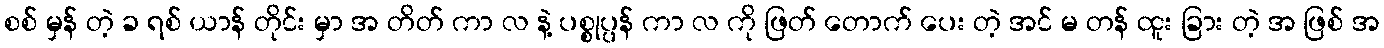
စစ် မှန် တဲ့ ခ ရစ် ယာန် တိုင်း မှာ အ တိတ် ကာ လ နဲ့ ပစ္စုပ္ပန် ကာ လ ကို ဖြတ် တောက် ပေး တဲ့ အင် မ တန် ထူး ခြား တဲ့ အ ဖြစ် အ